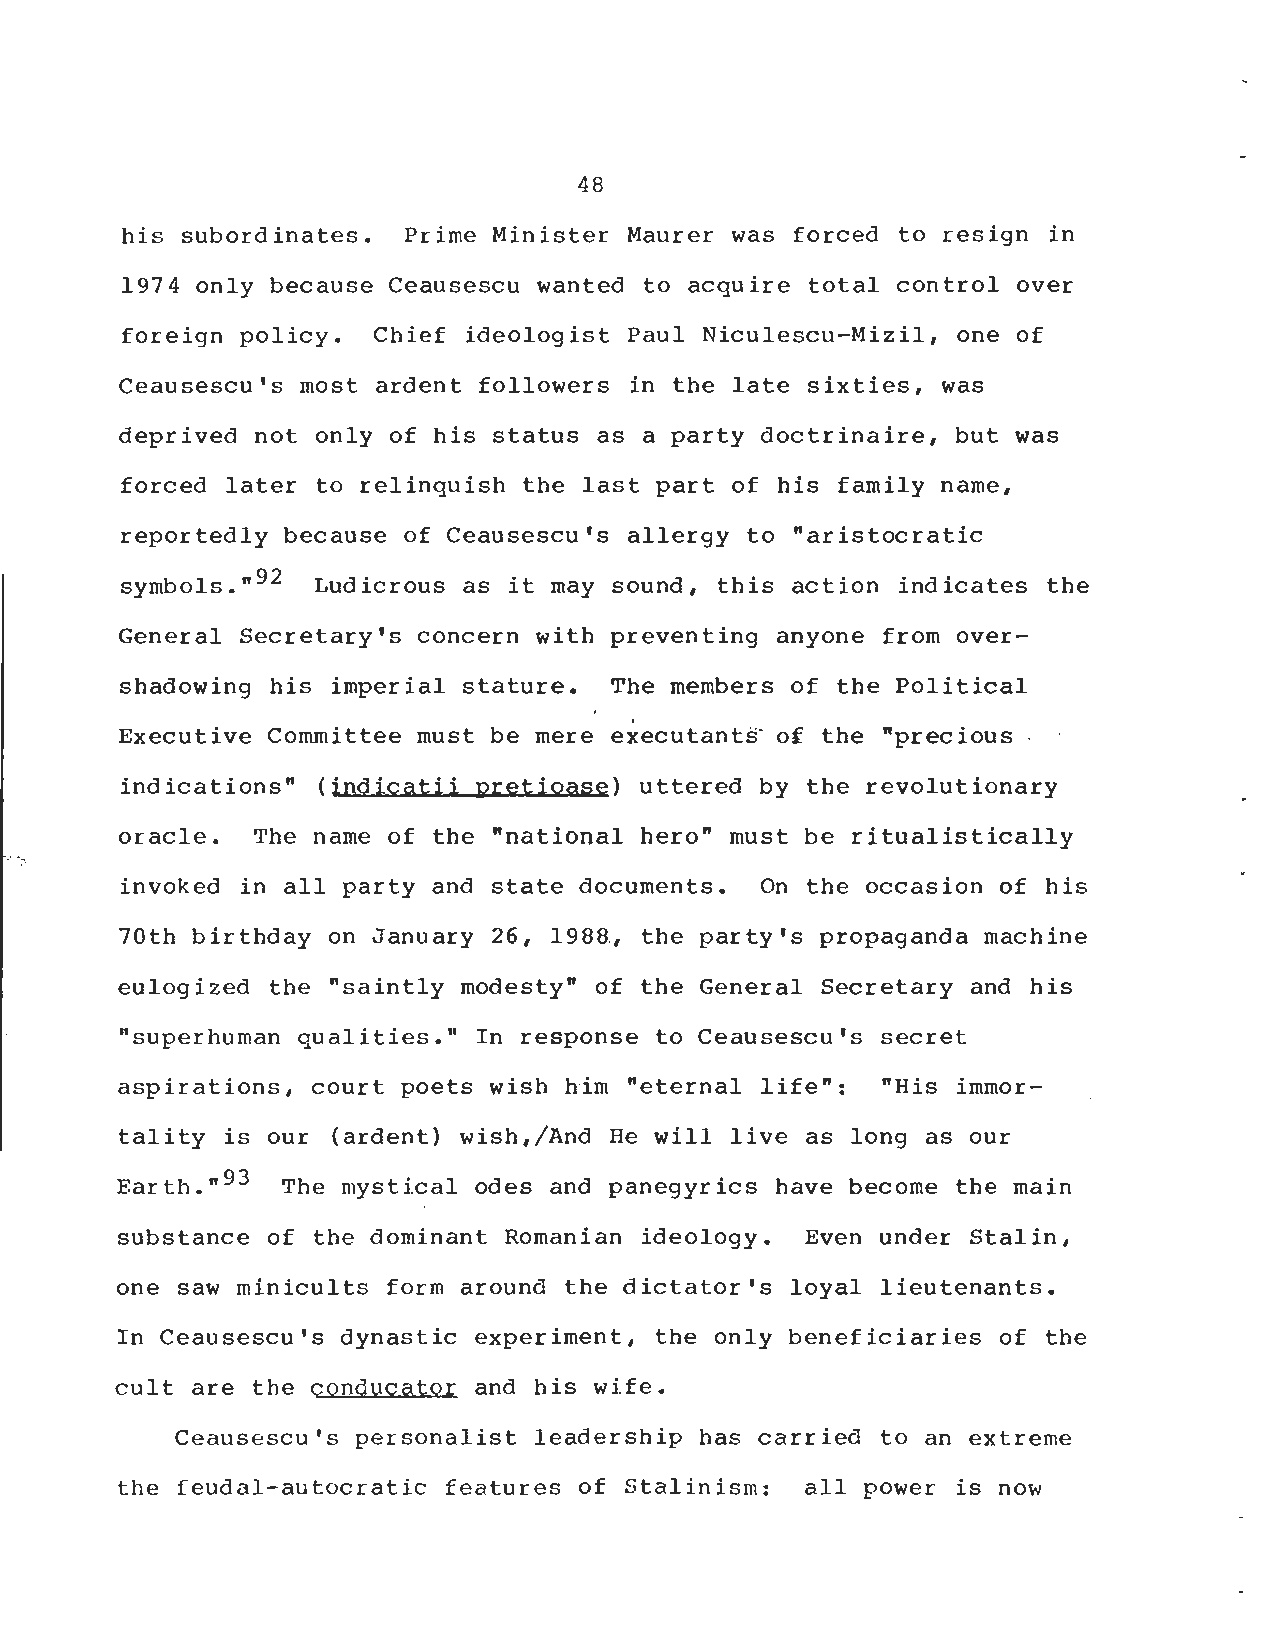
48
 his subordinates . Prime Minister Maurer was forced to resign i n
 1974 only because Ceausescu wanted to acquire total oontrol over
 foreign policy . Chief ideologist Paul Niculescu-Mizil, one o f
 Ceausescu's most ardent followers in the late sixties, was
 deprived not only of his status as a party doctrinaire, but wa s
 forced later to relinquish the last part of his family name ,
 reportedly beoause of Ceausescu's allergy to "aristocratic
 symbols ." 92 Ludiorous as it may sound, this action indicates the
 General Secretary's concern with preventing anyone from over-
 shadowing his imperial stature . The members of the Politica l
 Executive Committee must be mere executants of the "preciou s
 indications" (indicatii pretioase) uttered by the revolutionary
 oracle . The name of the "national hero" must be ritualisticall y
 invoked in all party and state documents . On the occasion of hi s
 70th birthday on January 26, 1988, the party's propaganda machin e
 eulogized the "saintly modesty" of the General Secretary and his
 "superhuman qualities ." In response to Ceausescu's secret
 aspirations, court poets wish him "eternal life" : "His immor-
 tality is our (ardent) wish,/And He will live as long as our
 Earth ." 93 The mystical odes and panegyrics have become the main
 substance of the dominant Romanian ideology . Even under Stalin ,
 one saw minicults form around the dictator's loyal lieutenants .
 In Ceausescu's dynastic experiment, the only beneficiaries of the
 cult are the conducator and his wife .
 Ceausescu's personalist leadership has carried to an extrem e
 the feudal-autocratic features of Stalinism : all power is now